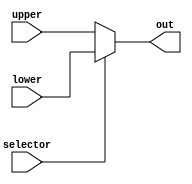
module mux_destination (
	input [2:0] upper,
	input [2:0] lower,
	input selector,
	output [2:0] out
);
	assign out = selector ? lower : upper;
endmodule